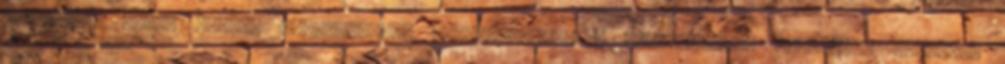
különböző zenei formák felismerése. Tájékozottság a szemelvények történeti korával,